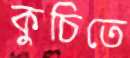
কুচিতে